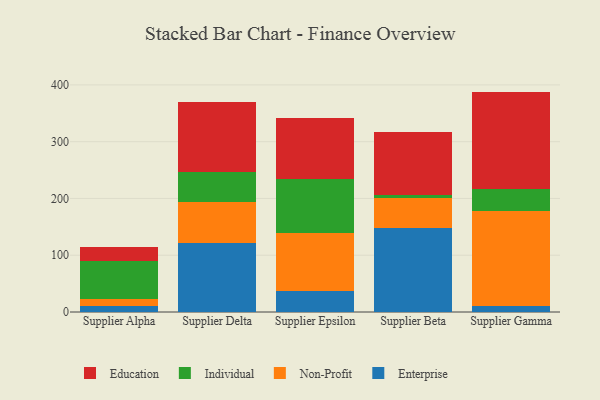
{"axis": {"x": "Supplier", "y": "Shipments"}, "legend": ["Education", "Enterprise", "Individual", "Non-Profit"], "data": [{"x": "Supplier Alpha", "y": 10.5, "type": "Enterprise"}, {"x": "Supplier Alpha", "y": 13.1, "type": "Non-Profit"}, {"x": "Supplier Alpha", "y": 65.9, "type": "Individual"}, {"x": "Supplier Alpha", "y": 24.4, "type": "Education"}, {"x": "Supplier Delta", "y": 121.7, "type": "Enterprise"}, {"x": "Supplier Delta", "y": 71.7, "type": "Non-Profit"}, {"x": "Supplier Delta", "y": 53.0, "type": "Individual"}, {"x": "Supplier Delta", "y": 123.6, "type": "Education"}, {"x": "Supplier Epsilon", "y": 37.5, "type": "Enterprise"}, {"x": "Supplier Epsilon", "y": 102.0, "type": "Non-Profit"}, {"x": "Supplier Epsilon", "y": 94.1, "type": "Individual"}, {"x": "Supplier Epsilon", "y": 108.5, "type": "Education"}, {"x": "Supplier Beta", "y": 148.3, "type": "Enterprise"}, {"x": "Supplier Beta", "y": 51.8, "type": "Non-Profit"}, {"x": "Supplier Beta", "y": 5.8, "type": "Individual"}, {"x": "Supplier Beta", "y": 111.7, "type": "Education"}, {"x": "Supplier Gamma", "y": 10.9, "type": "Enterprise"}, {"x": "Supplier Gamma", "y": 167.0, "type": "Non-Profit"}, {"x": "Supplier Gamma", "y": 39.2, "type": "Individual"}, {"x": "Supplier Gamma", "y": 171.1, "type": "Education"}]}